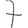
Digit: 7